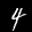
Label: 4